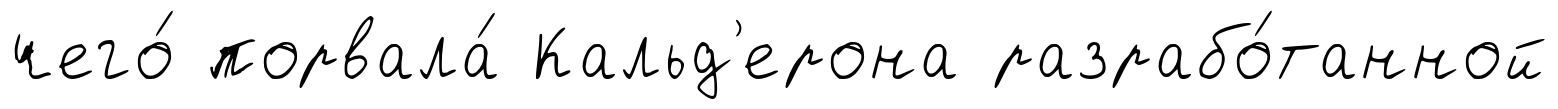
чего́ порвала́ Кальд'ерона разрабо́танной